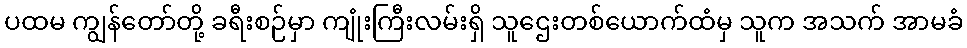
ပထမ ကျွန်တော်တို့ ခရီးစဉ်မှာ ကျုံးကြီးလမ်းရှိ သူဌေးတစ်ယောက်ထံမှ သူက အသက် အာမခံ